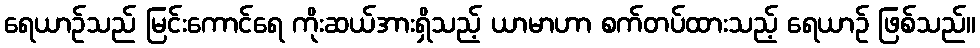
ရေယာဉ်သည် မြင်းကောင်ရေ ကိုးဆယ်အားရှိသည့် ယာမာဟာ စက်တပ်ထားသည့် ရေယာဉ် ဖြစ်သည်။